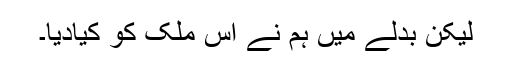
لیکن بدلے میں ہم نے اس ملک کو کیادیا۔